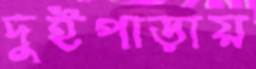
দুইপাড়ায়